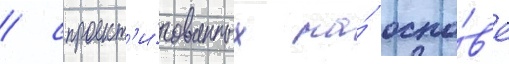
/ спроект'и́рованных на́ осно́в'е